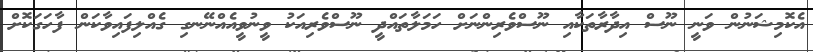
އެކޮމިޝަނުން ވަނީ ނޫސް އިދާރާތަކާއި ނޫސްވެރިންނަށް ހަމަލާތައްދީ ނޫސްވެރިއަކު ވީނުވީއެއްނޭނގި ގެއްލިފައިވާކަން ފާހަގަކޮށް